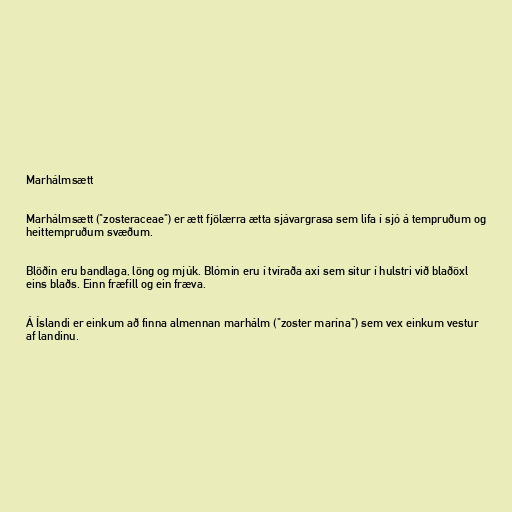
Marhálmsætt

Marhálmsætt ("zosteraceae") er ætt fjölærra ætta sjávargrasa sem lifa í sjó á tempruðum og
heittempruðum svæðum.

Blöðin eru bandlaga, löng og mjúk. Blómin eru í tvíraða axi sem situr í hulstri við blaðöxl
eins blaðs. Einn fræfill og ein fræva.

Á Íslandi er einkum að finna almennan marhálm ("zoster marína") sem vex einkum vestur
af landinu.